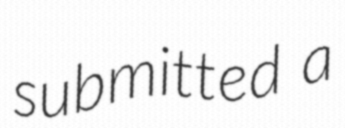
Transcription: submitted a